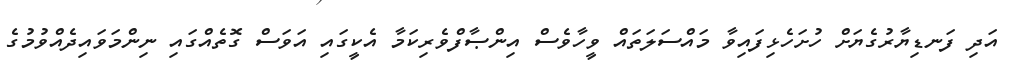
އަދި ފަނޑިޔާރުގެޔަށް ހުށަހެޅިފައިވާ މައްސަލަތައް ވީހާވެސް އިންޞާފްވެރިކަމާ އެކީގައި އަވަސް ގޮތެއްގައި ނިންމަވައިދެއްވުމުގެ